Report on vaccination in Madras 1922-1929 - 1922-1929
Year: 1922
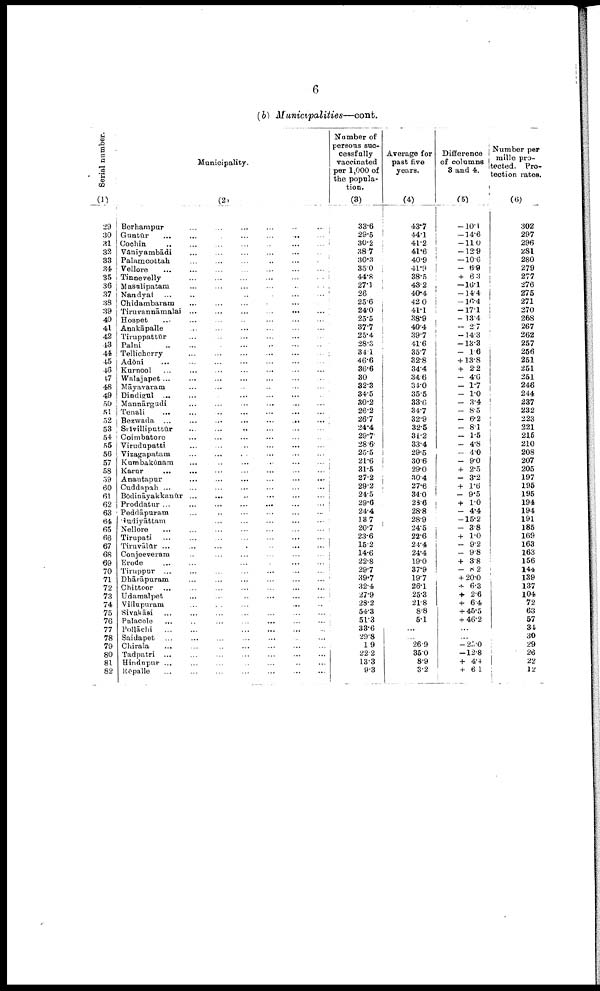
6
(b)
Municipalities—cont.
Serial number.
(1)
29
30
31
32
33
34
35
36
37
38
39
40
41
42
43
44
45
46
47
48
49
50
51
52
53
54
55
56
57
58
59
60
61
62
63
64
65
66
67
68
69
70
71
72
73
74
75
76
77
78
79
80
81
82
Municipality.
(2)
Berhampur ... ... ... ... ... ... ...
Guntūr ... ... ... ... ... ... ...
Cochin ... ... ... ... ... ... ...
Vaniyambādi
...
...
...
...
...
...
...
Palamcottah ... ... ... ... ... ... ...
Vellore
...
...
...
...
...
...
...
Tinnevelly
...
...
...
...
...
...
...
Masulipatam
...
...
...
...
...
...
...
Nandyal
...
...
...
...
...
...
...
Chidambaram ... ... ... ... ... ... ...
Tiruvannāmalai ... ... ... ... ... ... ...
Hospet ... ... ... ... ... ... ...
Anakāpalle
...
...
...
...
...
...
...
Tiruppattūr ... ... ... ... ... ... ...
Palni
...
...
...
...
...
...
...
Tellicherry ... ... ... ... ... ... ...
Adōni ... ... ... ... ... ... ...
Kurnool ... ... ... ... ... ... ...
Walajapet ... ... ... ... ... ... ...
Māyavaram ... ... ... ... ... ... ...
Dindigrul ... ... ... ... ... ... ...
Mannārgudi ... ... ... ... ... ... ...
Tenali ... ... ... ... ... ... ...
Bezwada
...
...
...
...
...
...
...
Srīvilliputtūr
...
...
...
...
...
...
...
Coimbatore ... ... ... ... ... ... ...
Virudupatti
...
...
...
...
...
...
...
Vizagapatam ... ... ... ... ... ... ...
Kumbakōnam ... ... ... ... ... ... ...
Karur
...
...
...
...
...
...
...
Anantapur ... ... ... ... ... ... ...
Cuddapah ... ... ... ... ... ... ...
Bōdināyakkanūr ... ... ... ... ... ... ...
Proddatur
...
...
...
...
...
...
...
Peddāpuram
...
...
...
...
...
...
...
Gudiyāttam ... ... ... ... ... ... ...
Nellore
...
...
...
...
...
...
...
Tirupati
...
...
...
...
...
...
...
Tiruvāur
...
...
...
...
...
...
...
Conjeeveram ... ... ... ... ... ... ...
Erode
...
...
...
...
...
...
...
Tiruppur ... ... ... ... ... ... ...
Dhārāpuram ... ... ... ... ... ... ...
Chittoor
...
...
...
...
...
...
...
Udamalpet ... ... ... ... ... ... ...
Villupuram ... ... ... ... ... ... ...
Sivakāsi
...
...
...
...
...
...
...
Palacole
...
...
...
...
...
...
...
Pollāchi
...
...
...
...
...
...
...
Saidapet ... ... ... ... ... ... ...
Chirala ... ... ... ... ... ... ...
Tadpatri ... ... ... ... ... ... ...
Hindupur ... ... ... ... ... ... ...
Rēpalle
...
...
...
...
...
...
...
Number of
persons suc
cessfully
vaccinated
per 1,000 of
the popula
tion.
(3)
33.6
29.5
30.2
38.7
30.3
35.0
44.8
27.1
26
25.6
24.0
25.5
37.7
25.4
28.3
34.1
46.6
36.6
30
32.3
34.5
30.2
26.2
26.7
24.4
29.7
28.6
25.5
21.6
31.5
27.2
29.2
24.5
29.6
24.4
13.7
20.7
23.6
15.2
14.6
22.8
29.7
39.7
32.4
27.9
28.2
54.3
51.3
33.6
29.8
1.9
22.2
13.3
9.3
Average for
past five
years.
(4)
43.7
44.1
41.2
41.6
40.9
41.9
38.5
43.2
40.4
42.0
41.1
38.9
40.4
39.7
41.6
35.7
32.8
34.4
34.6
34.0
35.5
33.6
34.7
32.9
32.5
31.2
33.4
29.5
30.6
29.0
30.4
27.6
34.0
28.6
28.8
28.9
24.5
22.6
24.4
24.4
19.0
37.9
19.7
26.1
25.3
21.8
8.8
5.1
...
...
26.9
35.0
8.9
3.2
Difference
of columns
3 and 4.
(5)
-10.1
-14.6
-11.0
-12.9
-10.6
- 6.9
+ 6.3
-16.1
-14.4
-16.4
-17.1
-13.4
- 2.7
-14.3
-13.3
- 1.6
+ 13.8
+ 2.2
- 4.6
- 1.7
- 1.0
- 3.4
- 8.5
- 6.2
- 8.1
- 1.5
- 4.8
- 4.0
- 9.0
+ 2.5
- 3.2
+ 1.6
- 9.5
+ 1.0
- 4.4
-15.2
- 3.8
+ 1.0
- 9.2
- 9.8
+ 3.8
- 8.2
+ 20.0
+ 6.3
+ 2.6
+ 6.4
+ 45.5
+ 46.2
...
...
-25.0
-12.8
+ 4.4
+ 6.1
Number per
mille pro
tected. Pro
tection rates.
(6)
302
297
296
281
280
279
277
276
275
271
270
268
267
262
257
256
251
251
251
246
244
237
232
223
221
215
210
208
207
205
197
195
195
194
194
191
185
169
163
163
156
144
139
137
104
72
63
57
34
30
29
26
22
12